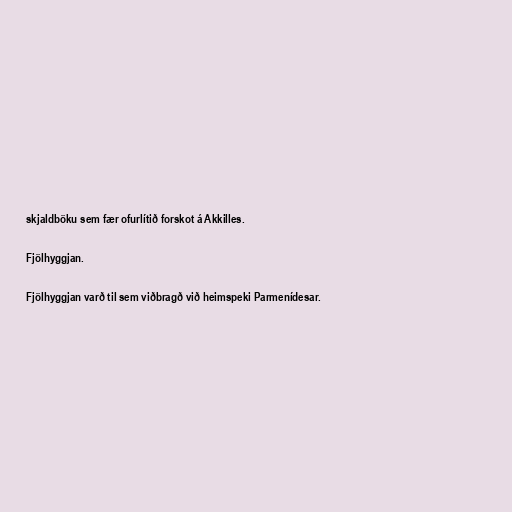
skjaldböku sem fær ofurlítið forskot á Akkilles.

Fjölhyggjan.

Fjölhyggjan varð til sem viðbragð við heimspeki Parmenídesar.